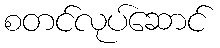
စတင်လုပ်ဆောင်